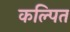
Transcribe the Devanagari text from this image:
कल्‍पित